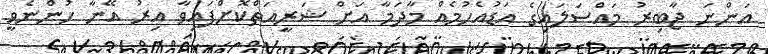
އަންނަ ޖާބިރު މައްސަލައިގެ އަޑުއެހުމެއް މާދަމާ އަށް ޝަރީއަތްކޮށްފައިވާ އިރު އޭނާ ހުންނެވީ